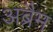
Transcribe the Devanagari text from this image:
अब्रैम